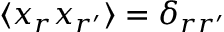
\langle x _ { r } x _ { r ^ { \prime } } \rangle = \delta _ { r r ^ { \prime } }